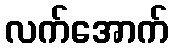
လက်အောက်